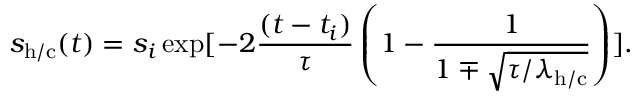
s _ { \mathrm { h / c } } ( t ) = s _ { i } \exp [ - 2 \frac { ( t - t _ { i } ) } { \tau } \left( 1 - \frac { 1 } { 1 \mp \sqrt { { \tau } / { \lambda _ { \mathrm { h / c } } } } } \right) ] .